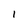
Character: 1